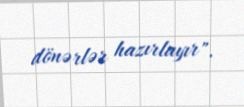
dönərlər hazırlayır".